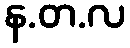
န.တ.လ